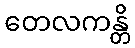
တေလကန္တိ